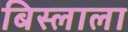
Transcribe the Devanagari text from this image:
बिस्लाला